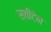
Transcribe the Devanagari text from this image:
स्वीटेन